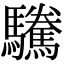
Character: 驣